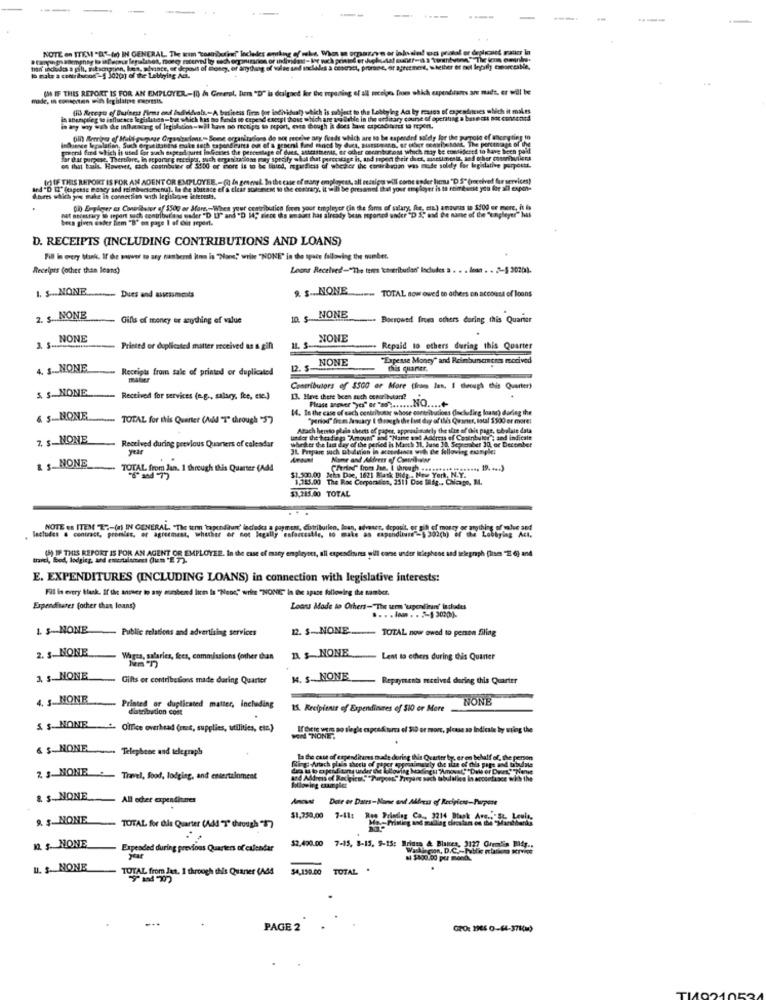
NOTE on ITEM "D"-(0 IN GENERAL, The wim "Tostiburhan" Includes omking of
man indudes a pill, ritamgtion, kes, abyante, et depost of money, of anything of valse and nocleles a comerset, prorne, or agreement, whether or not lepily twearcesNie,
lo mate a centriucod"f 30ip) of the Lebring Ad.
(M IF THIS REPORT IS FOR AN EMPLOYER-(0 / Greerst, lin "D" is dalgaet ker the opening of all neceige from which expendinoes are mads, er will be
(ID) Recept of Business Firms ond Individvals .- A basicess form for individual) which is subject to the Lobbying Ad ly reaos of expendimies which it makes
in abenpeleg to influcace legislatias-but which has no Bels se capesd except those which are vo lable in the ordinary course of operating a basect not conventd
in any winy och de infletsang of legislacion-will have no receipts to report, era though it does have crpcadatet to topen.
bin Somnies of Malt guginge Organizacions .- Semse organizations do not receive ary funds which are to be expanded soldy for the pargolo of hongting to
influence legislation, Such Granitatiend mule soth espondihints on of a geseni find mnot by dues, Hurstmann, or other contribu tons, The percentage of ing
pool find which is usel for such expendauret loGerles the percentage of dies, attesttenis, or other cocinburoat which may be considered to have been paid
Jor that purpose. Thertire, in seporre receipts, such organizations may specify what that purcestage it, and trpect their duct, annesimente, and other courinviiers
os that talt. However, cach costrouter of $800 or more is to be thind, ipaesicss of wheher the contribution was made soldy for legislative perpostt.
(r) IF THIS REPORT IS FOR AN AGENT OR EMPLOYEE .- ( In gesenut. In the case of many employees, all recipes will come under lies "D 5" (received for services)
ed "D II" (expense moscy and rimborsomenu). la the shirace ef & clear sus nem to the contrary, it will be presamed that your employer is th ftimkunst you fre all expor-
d.bures which jne make in connection with legislagve interests.
nat necessary in mport such contributions under "D LI" and "D 14; since the maatt has already bean spored under"D S, and de name of the "unpleyer" has
0in Ergherr as Contributor of 3500 or More-When your contribution from your employer (in the forms of salary, fte, cia.) amavas to 5100 or more, it is
been given ender fiem "B" on page 1 of Git report.
D. RECEIPTS (INCLUDING CONTRIBUTIONS AND LOANS)
Till is every bhak. If che maywer to ary nambernd itna is "Noes," while "NONE" in the space following the number.
Receipts (other than leans)
Leans Received-"The terms \cameributlan' Includes a . . . loan . . . "-§ 2020).
1. $ .NONE
9. S ... NONE
== TOTAL now owed on others on account of loons
------ Dues and usessments
2. $. NONE
Gills of money er anything of value
ID. $_ NONE
. Borrowed froma others during this Quarter
NONE
NONE
Printed or duplicated matter received as a gift
Repaid 10 others during this Quarter
NONE
"Expense Monty" and Reimbursements mocived
4. S-NONE
Receipts from sale of printed or duplicated
12. 5-
this quanet.
$ $ NONE
Contributors of $500 or More (fraus Jen, I through this Quarter)
Received for services (e.g ., salary, fee, etc.)
13. Heve there been such conurlbutani?
Please Mover yes" or "w" ......... Q .... +
14. In the case of each contribusar whose csetributions (Including loans) during the
& S-NONE
TOTAL for this Quarter (AuMl "7" through "57
"period" from January I through the last day of ilu's Quaner, total $500 or more!
Atach herrto plain sheets of paper, approximately the size of this page, tubolare data
7. $_ NONE
under the heading "Amount" ind "Name and Address of Costribuler : and indicale
whether the last day of the period is Manch IL, June 19. September 30, or Deconbet
Received during previous Quarters of calendar
31. Prepare such Dbudution in accordance with the following example:
Name and Address of Contribsier
R $ NONE
TOTAL from Jan. 1 through this Quarter (Add
$1.300.00
........ 19. ... )
1.715.00 The Roc Corporation, 2511 Dos Mida .. Chicago, M.
john Doe, 1621 Bank Bida .. New York, N.Y.
$3.215.00 TOTAL
Sactudes . contract, promiss, or agreement, whether or not legally enforceable, to make as expandlivre"-$ 302(h) of the Lobbyleg Act.
NOTE on ITEM T ?- (a) IN GENERAL. "The term tagendaun' lacledes a payment, distributlen, loan, advance, deposit, or gih of mosty or anything of value and
(5) IF THIS REPORT IS FOR AN AGENT OR EMPLOYEE. In the case of mary empirynes, all expenditures will come under ilephone and telegraph [lism Z 6) and
travel, Bod, lodging, and eneruinsesi (lusi E 7).
E. EXPENDITURES (INCLUDING LOANS) in connection with legislative interests:
Fil is every blank. If the answer to any sonbend lici is "Neos," wrim "NONE" in fe space following the number.
Expenditures (other than loans)
Loans Made to Others="The term 'uponliman" Includes
1. $-NONE
Public relations and advertising services
22. $ ... NONE ........ TOTAL now owed to person filing
2. $. NONE
A $-NONE
Watts, salaries, fees, commissions (other than
Lent to ethers during this Quarter
3 $ NONE
Gifts er contributions made during Quarter
M. S.NONE
Repayments mezived dering this Quarter
4. 3. NONE
NONE
Printed or duplicated matter, including
distribution cont
15. Recipiente of Expenditures of $10 or More
S. $- MONE ' Office overhead (cest, supplies, utilities, cta)
If Gere was no siegle expenditures of $iD or mon, please so Indicate by wring the
WOW -NONE
6 $- NONE. .... Telephone and telegraph
La the cats of expenditures made during this Quarter by, er en behalf of, the person
ely de size of dis page and tabulne
2. $-MONE - Travel, food, lodging, and entertainment
# ka accordance with the
& $ NONE
All acher expendinunes
Amount Dete er Dates-Name and Alfress of Recipient-Purpose
9. $-NONE
$1,750,00 7-11:
Res Driedies Co ., 3214 Black Are .:- 5L- Leuit-
TOTAL for dis Quarter (AA) T' through )
12. $. NONE
Expeaded during previous Quarters of calendar
52.490.00 7-15, 8-15, 5-15: Briana & Blattes, 2177 Gremlin Biff ..
Washingon, D.C.hbli nladoro KTVine
M $800.00 per mond ..
U. S. NONE
TOTAL from Jut. 1 through this Quaner (Ad4
$4,159.00
TOTAL
PAGE 2
GPO: 1946 0-44-3780)